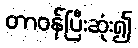
တာဝန်ပြီးဆုံး၍